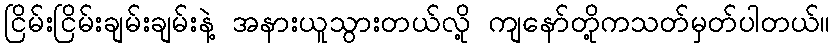
ငြိမ်းငြိမ်းချမ်းချမ်းနဲ့ အနားယူသွားတယ်လို့ ကျနော်တို့ကသတ်မှတ်ပါတယ်။